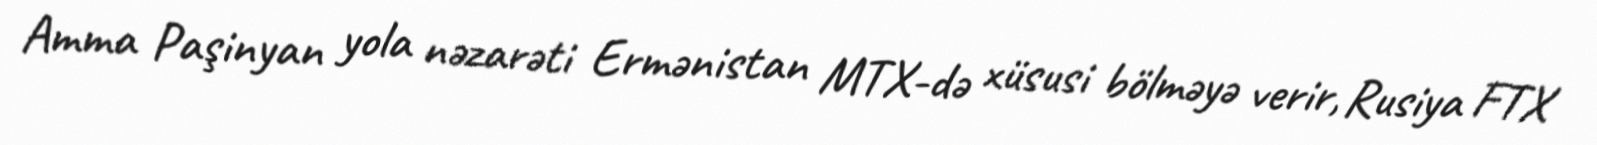
Amma Paşinyan yola nəzarəti Ermənistan MTX-də xüsusi bölməyə verir, Rusiya FTX